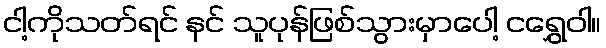
ငါ့ကိုသတ်ရင် နင် သူပုန်ဖြစ်သွားမှာပေါ့ ငရွှေဝါ။